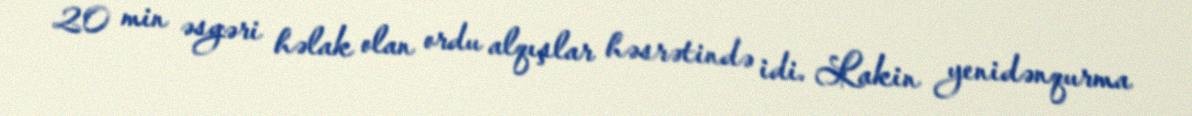
20 min əsgəri həlak olan ordu alqışlar həsrətində idi. Lakin yenidənqurma